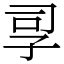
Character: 孠